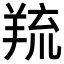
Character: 𦎓